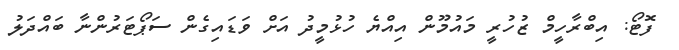
ފޮޓޯ: އިބްރާހީމް ޒުހުރީ މައުމޫން އިއްޔެ ހުޅުމީދު އަށް ވަޑައިގެން ސަޕޯޓަރުންނާ ބައްދަލު